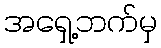
အရှေ့ဘက်မှ